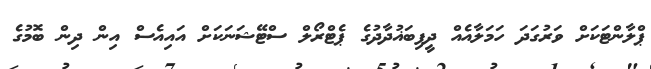
ޕްލާންޓަކަށް ވަރުގަދަ ހަމަލާއެއް ދީފިބަޣުދާދުގެ ޕެޓްރޯލް ސްޓޭޝަނަކަށް އައިއެސް އިން ދިން ބޮމުގެ